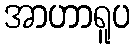
အာဟာရူပ